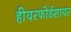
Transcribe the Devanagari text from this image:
हीयरफोर्डशायर